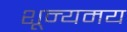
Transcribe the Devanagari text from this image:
शून्यमय